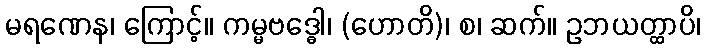
မရဏေန၊ ကြောင့်။ ကမ္မဗဒ္ဓေါ၊ (ဟောတိ)၊ စ၊ ဆက်။ ဥဘယတ္ထာပိ၊